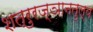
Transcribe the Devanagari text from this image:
शत्रुरज्ञानतुल्य